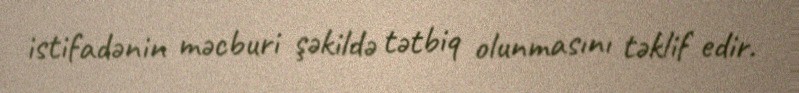
istifadənin məcburi şəkildə tətbiq olunmasını təklif edir.